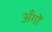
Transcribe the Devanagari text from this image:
अँगों